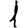
Digit: 1